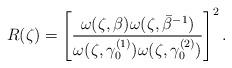
LaTeX: \begin{align*} R(\zeta) &= \left[\frac{\omega(\zeta,\beta)\omega(\zeta,\bar\beta^{-1})}{\omega(\zeta,\gamma_0^{(1)})\omega(\zeta,\gamma_0^{(2)})}\right]^2. \end{align*}